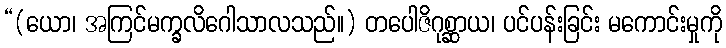
“(ယော၊ အကြင်မက္ခလိဂေါသာလသည်။) တပေါဇိဂုစ္ဆာယ၊ ပင်ပန်းခြင်း မကောင်းမှုကို